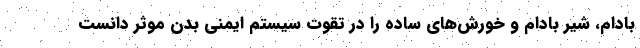
بادام، شیر بادام و خورش‌های ساده را در تقوت سیستم ایمنی بدن موثر دانست